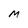
Character: M